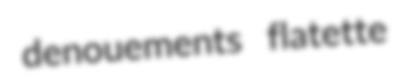
denouements flatette